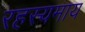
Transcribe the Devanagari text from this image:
रहस्यमाय